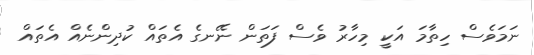
ނަމަވެސް ހިތާމަ އަކީ މިހާރު ވެސް ފަތަން ނޭނގެ އެތައް ކުދިންނެއް އެތައް